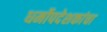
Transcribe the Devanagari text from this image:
धर्मोपदेशकांचा